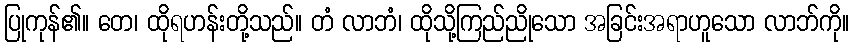
ပြုကုန်၏။ တေ၊ ထိုရဟန်းတို့သည်။ တံ လာဘံ၊ ထိုသို့ကြည်ညိုသော အခြင်းအရာဟူသော လာဘ်ကို။